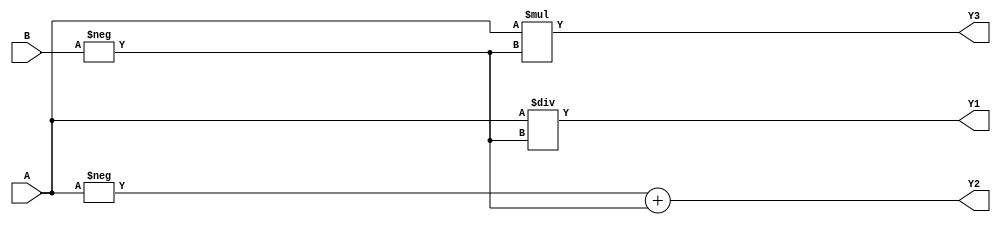
module Sign (A, B, Y1, Y2, Y3);

 

                 input [2:0] A, B;

                 output [3:0] Y1, Y2, Y3;

                 reg [3:0] Y1, Y2, Y3;

 

                 always @(A or B)

                 begin

                                  Y1=+A/-B;

                                  Y2=-A+-B;

                                  Y3=A*-B;

                 end

endmodule